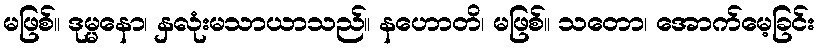
မဖြစ်။ ဒုမ္မနော၊ နှလုံးမသာယာသည်။ နဟောတိ၊ မဖြစ်။ သတော၊ အောက်မေ့ခြင်း